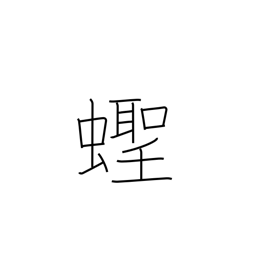
Meaning: razor clam